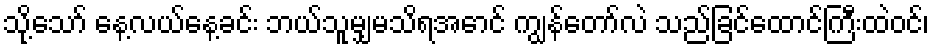
သို့သော် နေ့လယ်နေ့ခင်း ဘယ်သူမျှမသိရအောင် ကျွန်တော်လဲ သည်ခြင်ထောင်ကြီးထဲဝင်၊